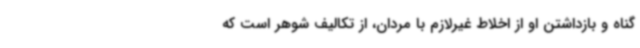
گناه و بازداشتن او از اخلاط غیرلازم با مردان، از تکالیف شوهر است که